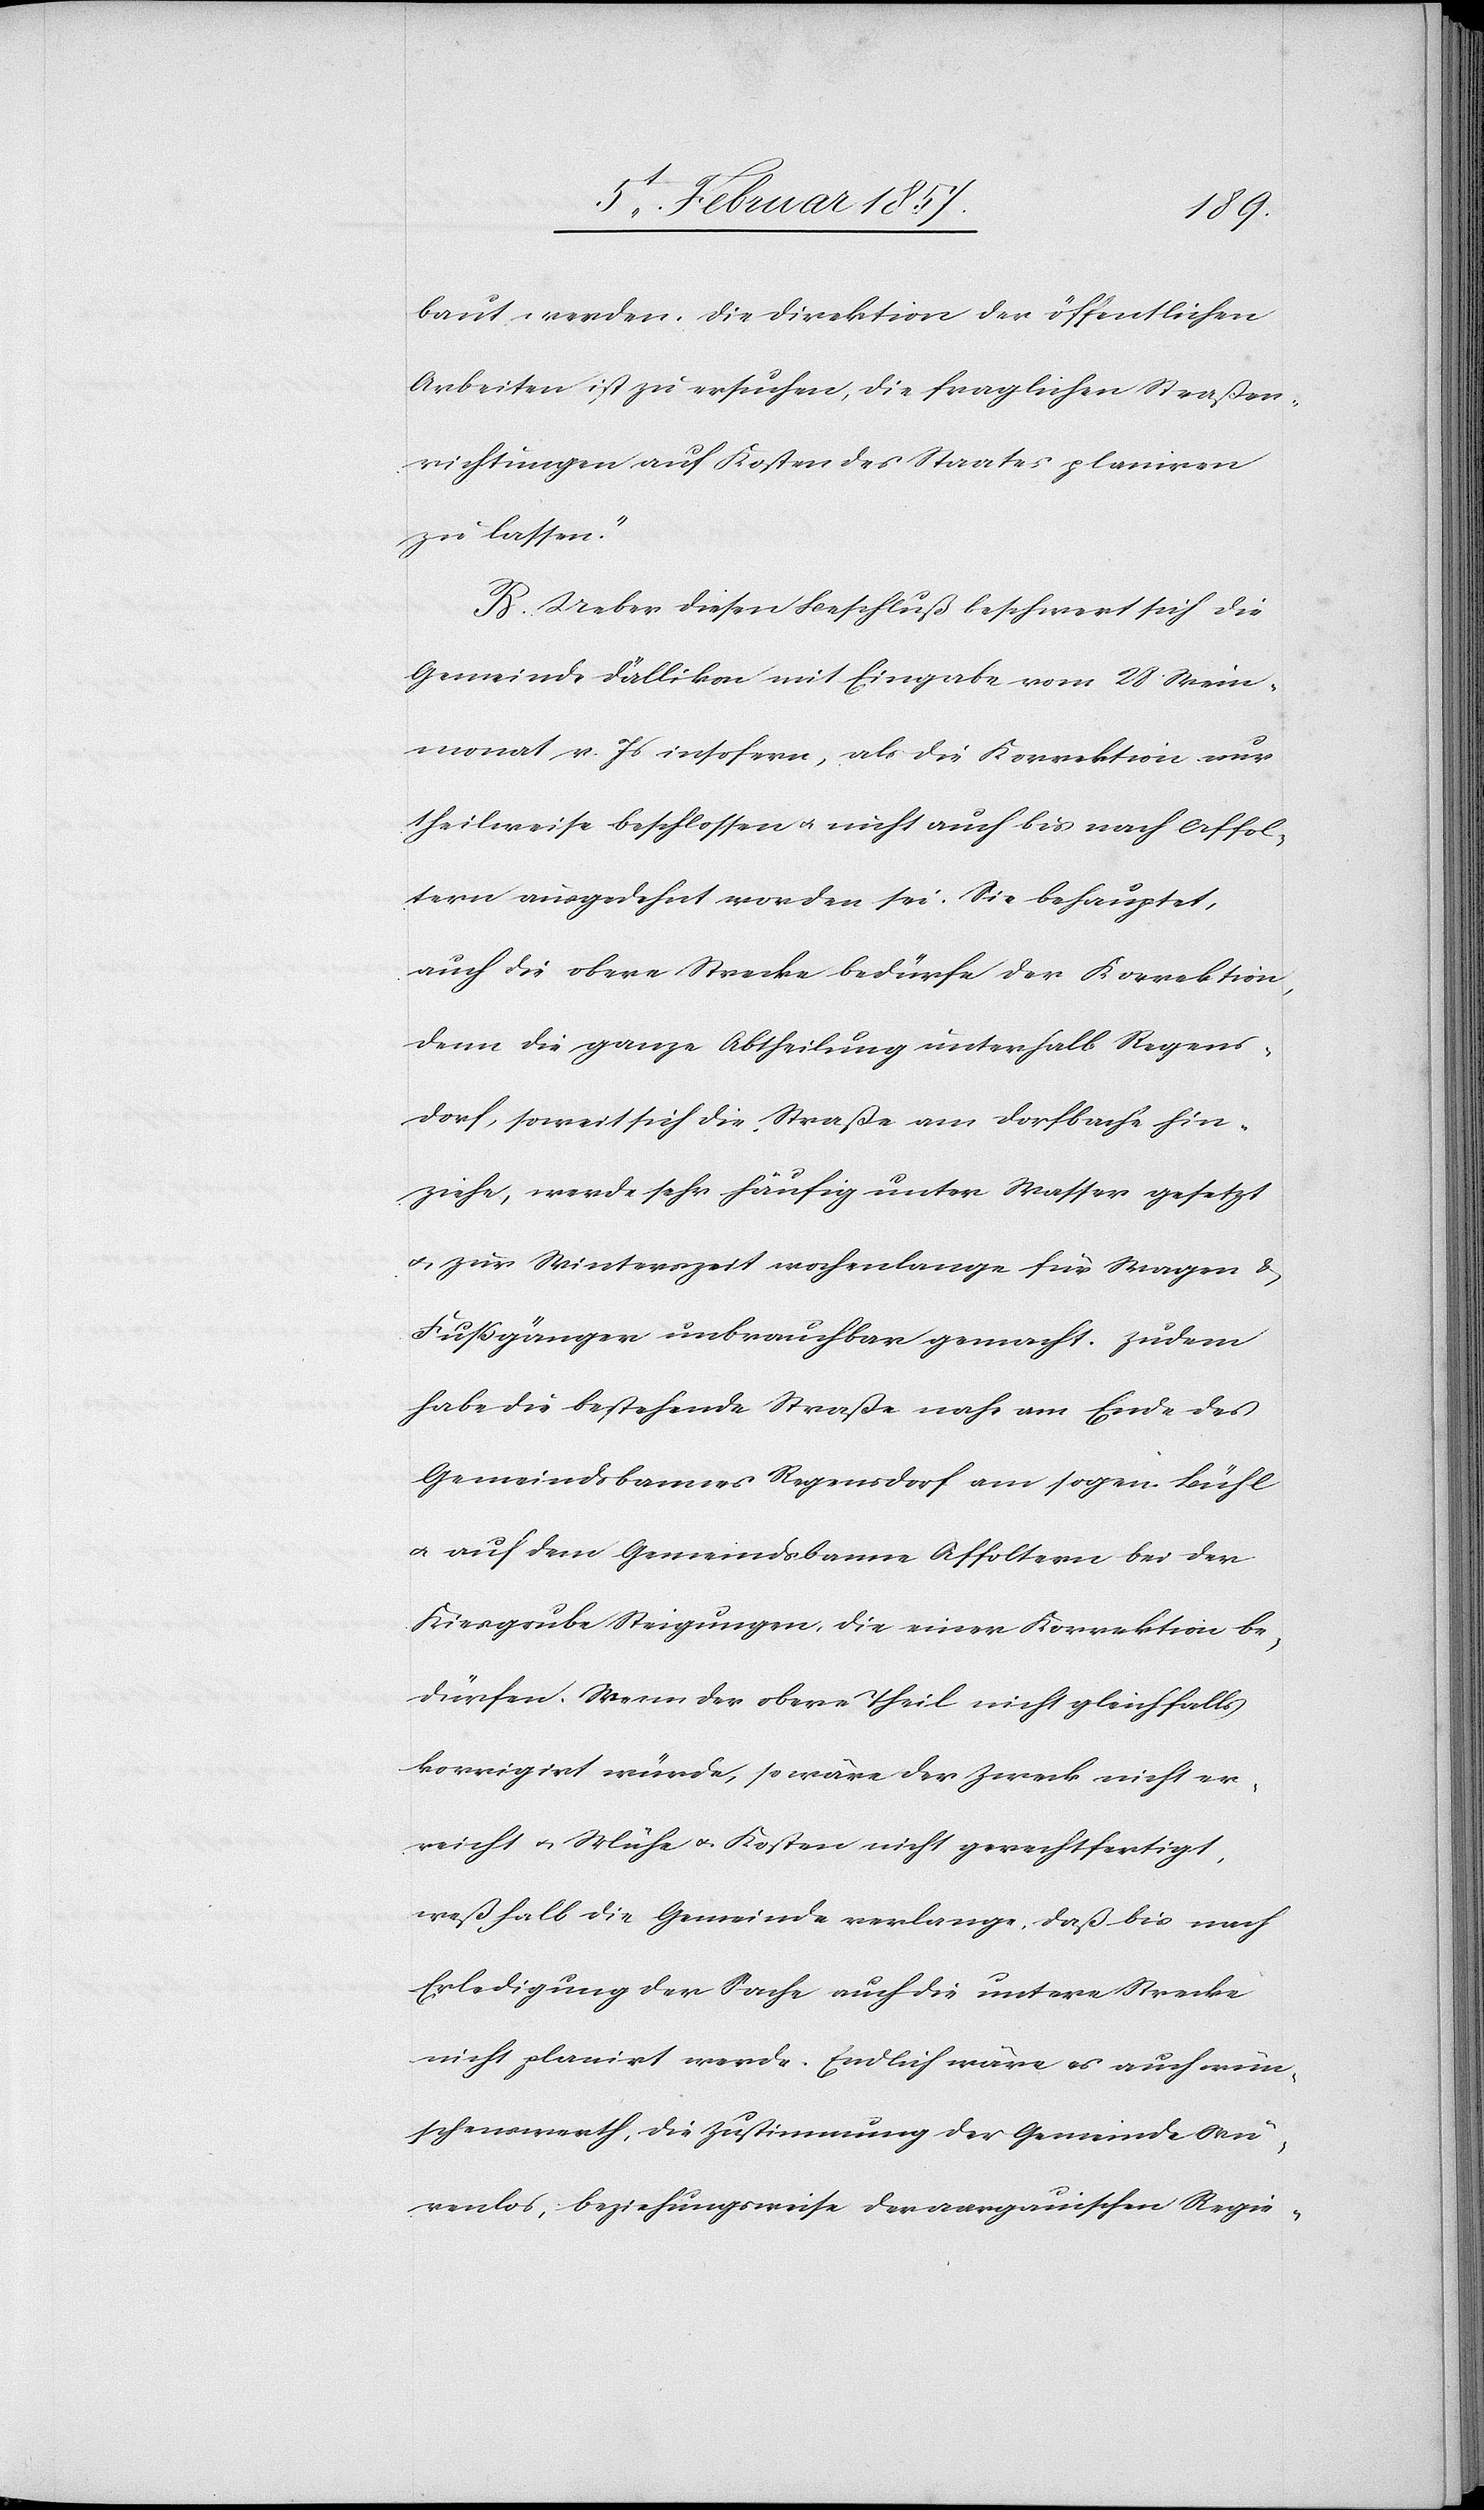
baut werden. Die Direktion der öffentlichen
Arbeiten ist zu ersuchen, die fraglichen Straßen¬
richtungen auf Kosten des Staates planieren
zu lassen.“
B. Ueber diesen Beschluß beschwert sich die
Gemeinde Dällikon mit Eingabe vom 28 Wein¬
monat v. Js insofern, als die Korrektion nur
theilweise beschlossen & nicht auch bis nach Affol¬
tern ausgedehnt worden sei. Sie behauptet,
auch die obere Strecke bedürfe der Korrektion,
denn die ganze Abtheilung unterhalb Regens¬
dorf, soweit sich die Straße am Dorfbache hin¬
ziehe, werde sehr häufig unter Wasser gesetzt
u. zur Winterzeit wochenlang für Wagen &
Fußgänger unbrauchbar gemacht. Zudem
habe die bestehende Straße nahe am Ende des
Gemeindsbannes Regensdorf am sogen. Bühl
u. auf dem Gemeindsbanne Affoltern bei der
Kiesgrube Steigungen, die einer Korrektion be¬
dürfen. Wenn der obere Theil nicht gleichfalls
korrigiert würde, so wäre der Zweck nicht er¬
reicht u. Mühe & Kosten nicht gerechtfertigt,
weßhalb die Gemeinde verlange, daß die nach
Erledigung der Sache auch die untere Strecke
nicht planirt werde. Endlich wäre es auch wün¬
schenswerth, die Zustimmung der Gemeinde Wü¬
renlos, beziehungsweise der aargauischen Regie-